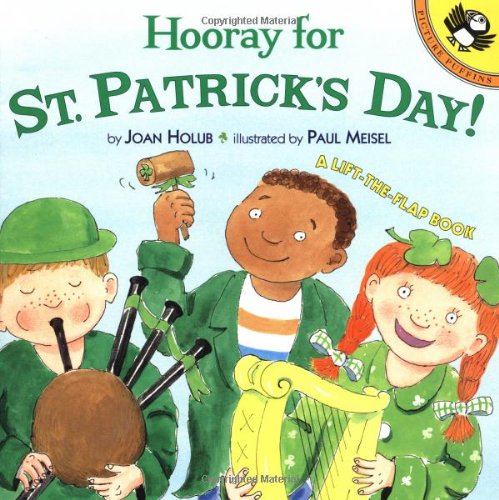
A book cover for Hooray for St. Patrick's Day! (Lift-the-Flap, Puffin); Joan Holub; Children's Books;